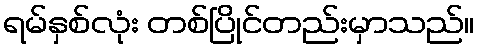
ရမ်နှစ်လုံး တစ်ပြိုင်တည်းမှာသည်။